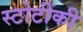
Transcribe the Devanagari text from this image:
स्टोटींकी